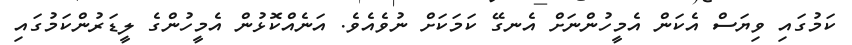
ކަމުގައި ވިޔަސް އެކަން އެމީހުންނަށް އެނގޭ ކަމަކަށް ނުވެއެވެ. އަނެއްކޮޅުން އެމީހުންގެ ލީޑަރުންކަމުގައި